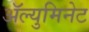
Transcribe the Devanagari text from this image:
ॲल्युमिनेट